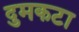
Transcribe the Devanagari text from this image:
दुमकटा